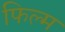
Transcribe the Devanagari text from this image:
फिल्म